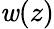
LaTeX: \mathit{w}(z)